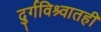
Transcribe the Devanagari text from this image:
दुर्गविश्र्वातही